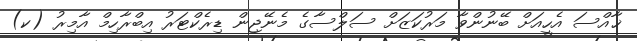
ޚާއްސަ އެހީއަށް ބޭނުންވާ މަރުކަޒަށް ސަލްސާގެ މެނޭޖިން ޑިރެކްޓަރު އިބްރާހިމް އާމިރު (ކ)